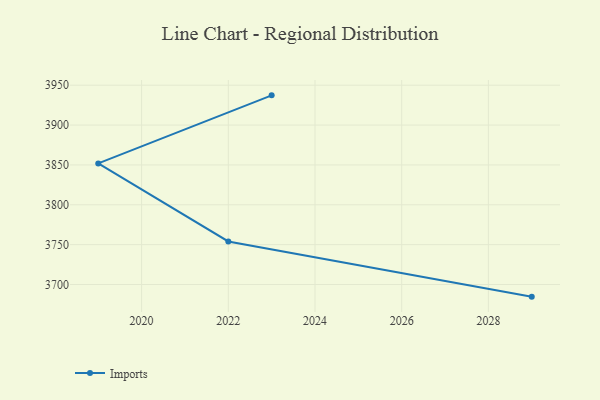
{"axis": {"x": "Year", "y": "Customer Acquisition Cost (USD)"}, "legend": ["Imports"], "data": [{"x": "2023", "y": 3937.3, "type": "Imports"}, {"x": "2019", "y": 3851.9, "type": "Imports"}, {"x": "2022", "y": 3754.0, "type": "Imports"}, {"x": "2029", "y": 3684.8, "type": "Imports"}]}